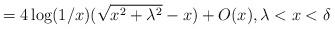
LaTeX: \begin{align*}=4\log(1/x)(\sqrt{x^2+\lambda^2}-x)+O(x), \lambda<x<\delta\end{align*}